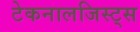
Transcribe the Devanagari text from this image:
टेकनालजिस्ट्‌स